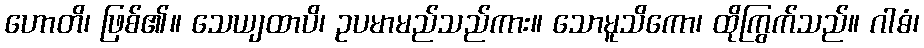
ဟောတိ၊ ဖြစ်၏။ သေယျထာပိ၊ ဥပမာမည်သည်ကား။ သောမူသိကော၊ ထိုကြွက်သည်။ ဂါဓံ၊